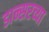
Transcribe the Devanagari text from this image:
डान्सरच्या